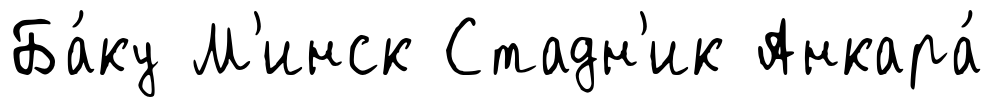
Ба́ку М'инск Стадн'ик Анкара́